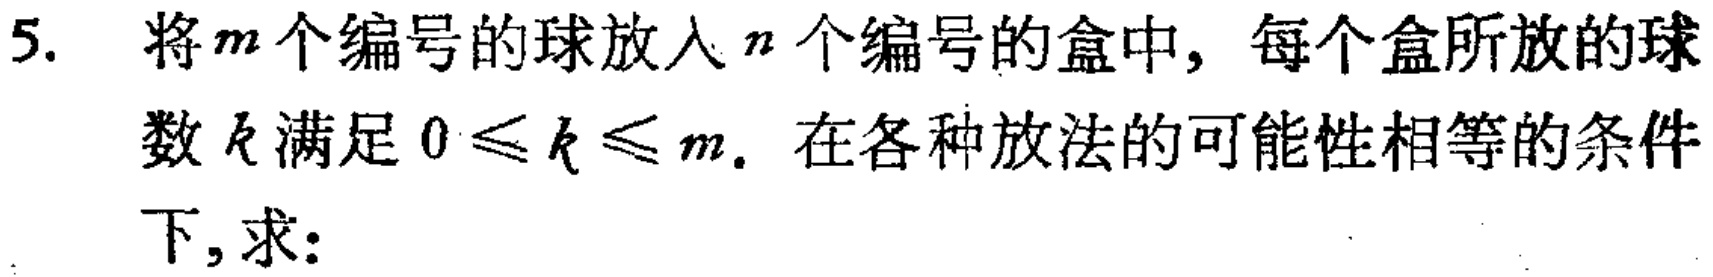
5. 将\(m\)个编号的球放入\(n\)个编号的盒中，每个盒所放的球数\(k\)满足\(0\leqslant k\leqslant m\). 在各种放法的可能性相等的条件下，求：